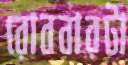
রোববারটা